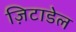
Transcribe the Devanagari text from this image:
ज़िटाडेल